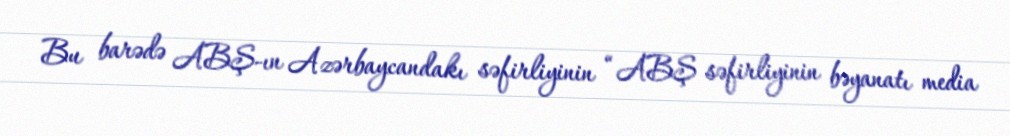
Bu barədə ABŞ-ın Azərbaycandakı səfirliyinin “ABŞ səfirliyinin bəyanatı media